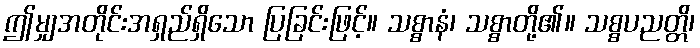
ဤမျှအတိုင်းအရှည်ရှိသော ပြခြင်းဖြင့်။ သစ္စာနံ၊ သစ္စာတို့၏။ သစ္စပညတ္တိ၊